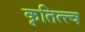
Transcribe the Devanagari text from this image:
कृतित्त्व